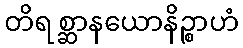
တိရစ္ဆာနယောနိဉ္စာဟံ